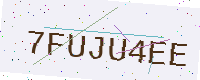
Text: 7FUJU4EE